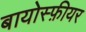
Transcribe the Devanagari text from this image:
बायोस्फ़ीयर